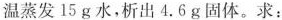
温蒸发15g水，析出4.6g固体。求：